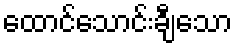
ထောင်သောင်းချီသော